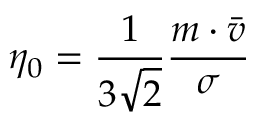
\quad \eta _ { 0 } = { \frac { 1 } { 3 { \sqrt { 2 } } } } { \frac { m \cdot { \bar { v } } } { \sigma } }